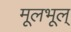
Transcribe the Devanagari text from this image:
मूलभूल्